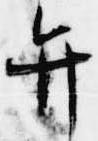
弁